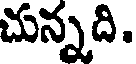
చున్నది.